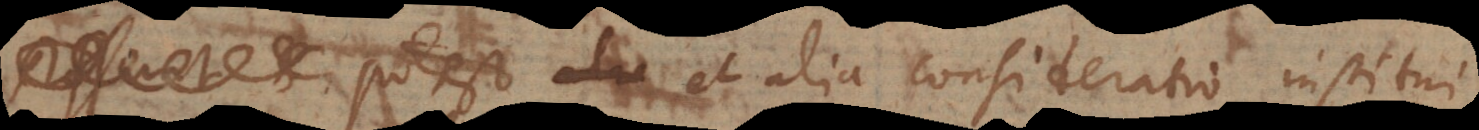
122) Potest et alia consideratio institui,